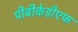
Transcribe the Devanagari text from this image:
पीबीकेडीएफ